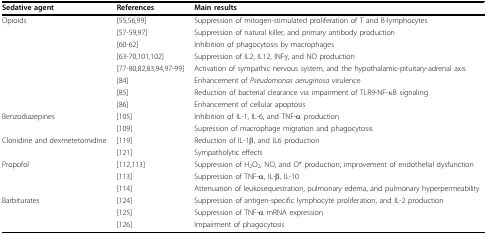
<table><thead><tr><td><b>Sedative agent</b></td><td><b>References</b></td><td><b>Main results</b></td></tr></thead><tbody><tr><td>Opioids</td><td>[55,56,99]</td><td>Suppression of mitogen-stimulated proliferation of T and B-lymphocytes</td></tr><tr><td></td><td>[57-59,97]</td><td>Suppression of natural killer, and primary antibody production</td></tr><tr><td></td><td>[60-62]</td><td>Inhibition of phagocytosis by macrophages</td></tr><tr><td></td><td>[63-70,101,102]</td><td>Suppression of IL2, IL12, INFγ, and NO production</td></tr><tr><td></td><td>[77-80,82,83,94,97-99]</td><td>Activation of sympathic nervous system, and the hypothalamic-pituitary-adrenal axis</td></tr><tr><td></td><td>[84]</td><td>Enhancement of <i>Pseudomonas aeruginosa </i>virulence</td></tr><tr><td></td><td>[85]</td><td>Reduction of bacterial clearance via impairment of TLR9-NF-κB signaling</td></tr><tr><td></td><td>[86]</td><td>Enhancement of cellular apoptosis</td></tr><tr><td>Benzodiazepines</td><td>[105]</td><td>Inhibition of IL-1, IL-6, and TNF-α production</td></tr><tr><td></td><td>[109]</td><td>Supression of macrophage migration and phagocytosis</td></tr><tr><td>Clonidine and dexmetetomidine</td><td>[119]</td><td>Reduction of IL-1β, and IL6 production</td></tr><tr><td></td><td>[121]</td><td>Sympatholytic effects</td></tr><tr><td>Propofol</td><td>[112,113]</td><td>Suppression of H<sub>2</sub>O<sub>2</sub>, NO, and O* production; improvement of endothelial dysfunction</td></tr><tr><td></td><td>[113]</td><td>Suppression of TNF-α, IL-β, IL-10</td></tr><tr><td></td><td>[114]</td><td>Attenuation of leukosequestration, pulmonary edema, and pulmonary hyperpermeability</td></tr><tr><td>Barbiturates</td><td>[124]</td><td>Suppression of antigen-specific lymphocyte proliferation, and IL-2 production</td></tr><tr><td></td><td>[125]</td><td>Suppression of TNF-α mRNA expression</td></tr><tr><td></td><td>[126]</td><td>Impairment of phagocytosis</td></tr></tbody></table>